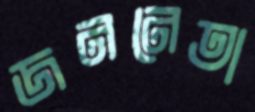
জননেতা